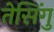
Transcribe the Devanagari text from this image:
तेसिंगु